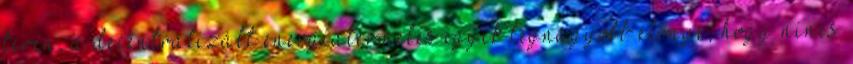
terén, a decentralizált energiatermelés egyik legnagyobb előnye, hogy nincs